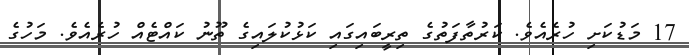
17 މަޑުކަށި ހުރެއެވެ. ކަރުތާފަތުގެ ތިރީބައިގައި ކަޅުކުލައިގެ ތޫނު ކައްޓެއް ހުރެއެވެ. މަހުގެ